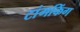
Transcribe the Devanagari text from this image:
टांगकिंग